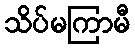
သိပ်မကြာမီ